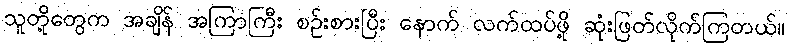
သူတို့တွေက အချိန် အကြာကြီး စဉ်းစားပြီး နောက် လက်ထပ်ဖို့ ဆုံးဖြတ်လိုက်ကြတယ်။